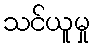
သင်ယူမှု